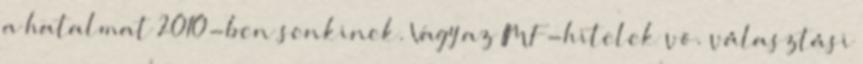
a hatalmat 2010-ben sen­kinek. Vagy az IMF-hitelek vö. választási